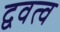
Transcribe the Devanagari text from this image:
द्ववत्व